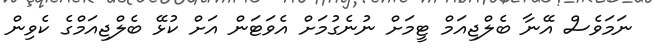
ނަމަވެސް އޭނާ ބެލްޖިއަމް ޓީމަށް ނުނެގުމަށް އެވަޓަން އަށް ކުޅޭ ބެލްޖިއަމްގެ ކެވިން